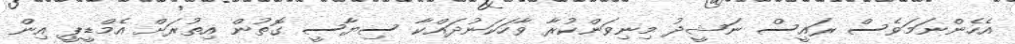
އެހެންނަމަވެސް ރައީސް ނަޝީދު މިނިވަންކުރާ ވާހަކަނުދައްކާ ސިޔާސީ ގޮތުން އިތުރަށް އެމްޑީޕީ އިން